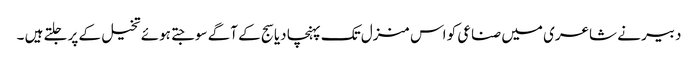
دبیر نے شاعری میں صناعی کو اس منزل تک پہنچا دیا سج کے آگے سوجتے ہوئے تخیل کے پر جلتے ہیں ۔